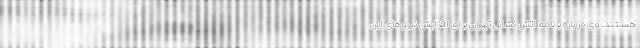
هستند. وی در باره برنامه اتش نشانی تهران برای افزایش نیروهای این